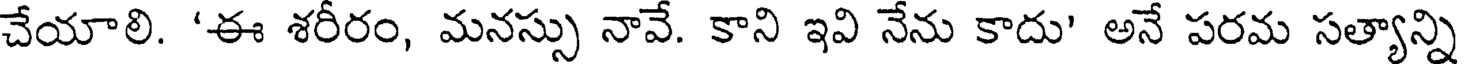
చేయాలి. 'ఈ శరీరం, మనస్సు నావే. కాని ఇవి నేను కాదు' అనే పరమ సత్యాన్ని